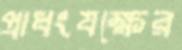
প্রাধংযক্ষের